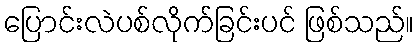
ပြောင်းလဲပစ်လိုက်ခြင်းပင် ဖြစ်သည်။